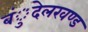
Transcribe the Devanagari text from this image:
बंुदेलखण्ड